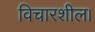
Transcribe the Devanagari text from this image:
विचारशील।